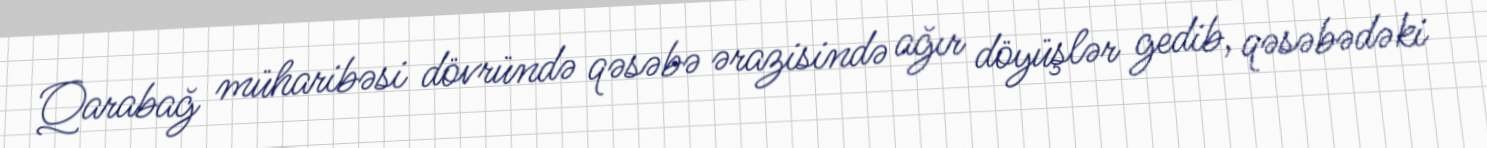
Qarabağ müharibəsi dövründə qəsəbə ərazisində ağır döyüşlər gedib, qəsəbədəki